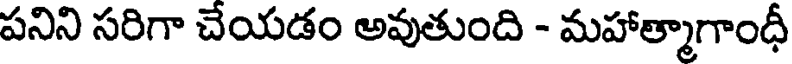
పనిని సరిగా చేయడం అవుతుంది - మహాత్మాగాంధీ